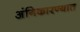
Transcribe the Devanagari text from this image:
अंगिकारण्यात